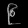
Digit: ၉